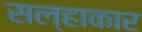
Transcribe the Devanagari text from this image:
सल्हाकार